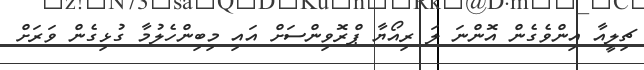
ޗިލީއާ އިންވެގެން އޮންނަ ލަ ރިއޯޔާ ޕްރޮވިންސަށް އައި މިބިންހެލުމާ ގުޅިގެން ވަރަށް